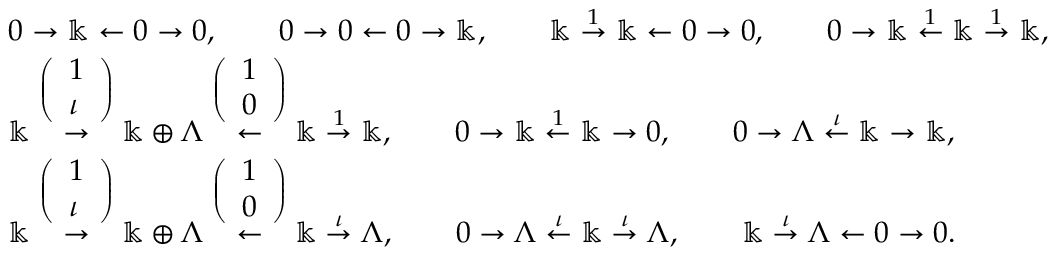
\begin{array} { r l } & { 0 \to \Bbbk \leftarrow 0 \to 0 , \qquad 0 \to 0 \leftarrow 0 \to \Bbbk , \qquad \Bbbk \stackrel { 1 } { \to } \Bbbk \leftarrow 0 \to 0 , \qquad 0 \to \Bbbk \stackrel { 1 } { \leftarrow } \Bbbk \stackrel { 1 } { \to } \Bbbk , } \\ & { \Bbbk \stackrel { \left( \begin{array} { l } { 1 } \\ { \iota } \end{array} \right) } { \to } \Bbbk \oplus \Lambda \stackrel { \left( \begin{array} { l } { 1 } \\ { 0 } \end{array} \right) } { \leftarrow } \Bbbk \stackrel { 1 } { \to } \Bbbk , \qquad 0 \to \Bbbk \stackrel { 1 } { \leftarrow } \Bbbk \to 0 , \qquad 0 \to \Lambda \stackrel { \iota } { \leftarrow } \Bbbk \to \Bbbk , } \\ & { \Bbbk \stackrel { \left( \begin{array} { l } { 1 } \\ { \iota } \end{array} \right) } { \to } \Bbbk \oplus \Lambda \stackrel { \left( \begin{array} { l } { 1 } \\ { 0 } \end{array} \right) } { \leftarrow } \Bbbk \stackrel { \iota } { \to } \Lambda , \qquad 0 \to \Lambda \stackrel { \iota } { \leftarrow } \Bbbk \stackrel { \iota } { \to } \Lambda , \qquad \Bbbk \stackrel { \iota } { \to } \Lambda \leftarrow 0 \to 0 . } \end{array}